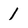
Character: 1